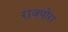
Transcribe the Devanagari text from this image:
राजपोरा